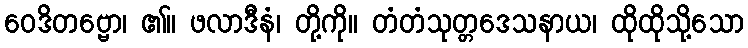
ဝေဒိတဗ္ဗော၊ ၏။ ဖလာဒီနံ၊ တို့ကို။ တံတံသုတ္တဒေသနာယ၊ ထိုထိုသို့သော